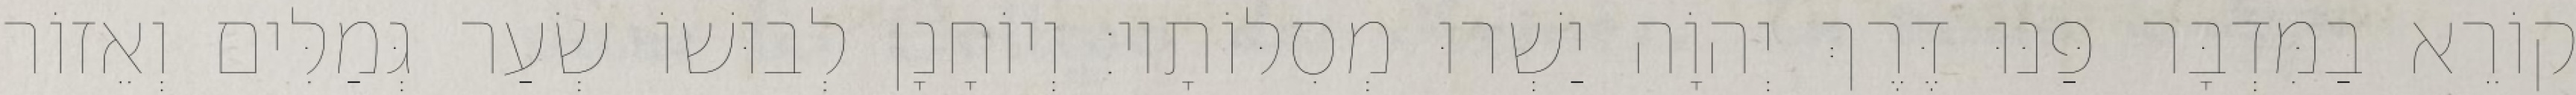
קוֹרֵא בַמִּדְבָּר פַּנּוּ דֶּרֶךְ יְהוָֹה יַשְׁרוּ מְסִלּוֹתָיו׃ וְיוֹחָנָן לְבוּשׁוֹ שְׂעַר גְּמַלִּים וְאֵזוֹר